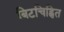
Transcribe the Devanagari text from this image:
बिटचिह्नित